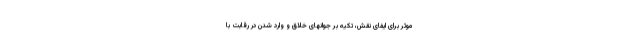
موثر برای ایفای نقش، تکیه بر جوانهای خلاق و وارد شدن در رقابت‌ با